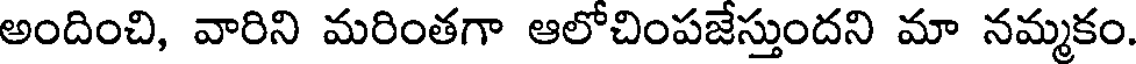
అందించి, వారిని మరింతగా ఆలోచింపజేస్తుందని మా నమ్మకం